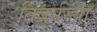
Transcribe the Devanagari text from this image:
तिबारियां